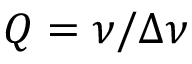
Q = \nu / \Delta \nu